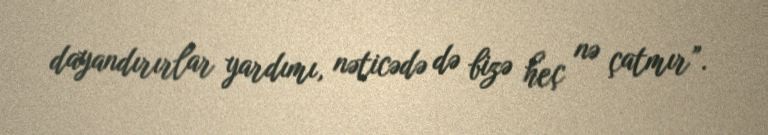
dayandırırlar yardımı, nəticədə də bizə heç nə çatmır”.